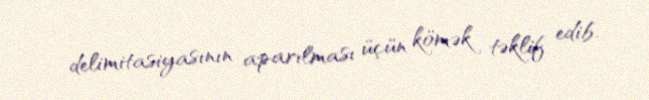
delimitasiyasının aparılması üçün kömək təklif edib.